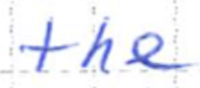
Text: the
Cross-out: clean
Writing tool: ballpoint